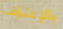
بالإعتراف